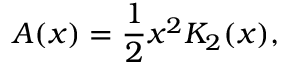
A ( x ) = \frac { 1 } { 2 } x ^ { 2 } K _ { 2 } ( x ) ,